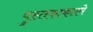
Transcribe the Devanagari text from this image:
पुस्तकाकारमे